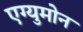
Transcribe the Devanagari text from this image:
एग्युमोन